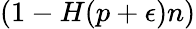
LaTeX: (1-H(p+\epsilon)n)